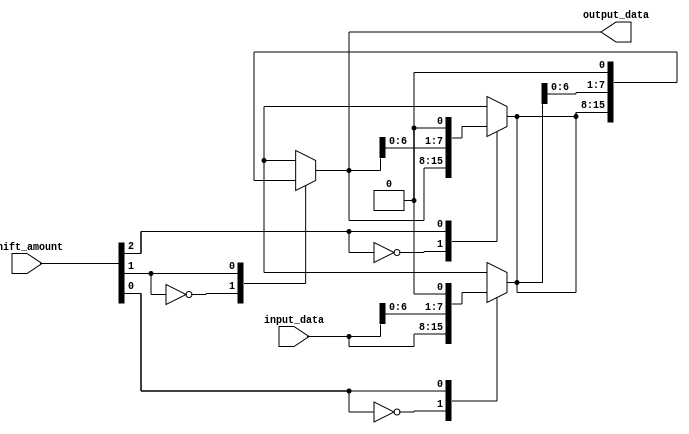
module Circular_Barrel_Shifter(
    input [7:0] input_data,
    input [2:0] shift_amount,
    output reg [7:0] output_data
);

reg [7:0] temp_data;

// stage 1
always @(*) begin
    case(shift_amount[0])
        3'b000: temp_data = input_data;
        3'b001: temp_data = input_data << 1;
        3'b010: temp_data = input_data >> 1;
        3'b011: temp_data = input_data << 2;
        3'b100: temp_data = input_data >> 2;
        3'b101: temp_data = input_data << 3;
        3'b110: temp_data = input_data >> 3;
        3'b111: temp_data = input_data;
    endcase
end

// stage 2
always @(*) begin
    case(shift_amount[1])
        3'b000: output_data = temp_data;
        3'b001: output_data = temp_data << 1;
        3'b010: output_data = temp_data >> 1;
        3'b011: output_data = temp_data << 2;
        3'b100: output_data = temp_data >> 2;
        3'b101: output_data = temp_data << 3;
        3'b110: output_data = temp_data >> 3;
        3'b111: output_data = temp_data;
    endcase
end

// stage 3
always @(*) begin
    case(shift_amount[2])
        3'b000: temp_data = output_data;
        3'b001: temp_data = output_data << 1;
        3'b010: temp_data = output_data >> 1;
        3'b011: temp_data = output_data << 2;
        3'b100: temp_data = output_data >> 2;
        3'b101: temp_data = output_data << 3;
        3'b110: temp_data = output_data >> 3;
        3'b111: temp_data = output_data;
    endcase
end

endmodule